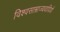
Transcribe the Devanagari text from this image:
विश्वसाम्राज्यवादियों